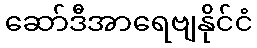
ဆော်ဒီအာရေဗျနိုင်ငံ